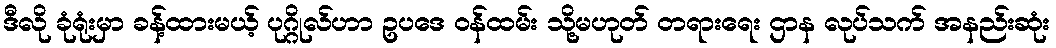
ဒီလို ခုံရုံးမှာ ခန့်ထားမယ့် ပုဂ္ဂိုလ်ဟာ ဥပဒေ ဝန်ထမ်း သို့မဟုတ် တရားရေး ဌာန လုပ်သက် အနည်းဆုံး